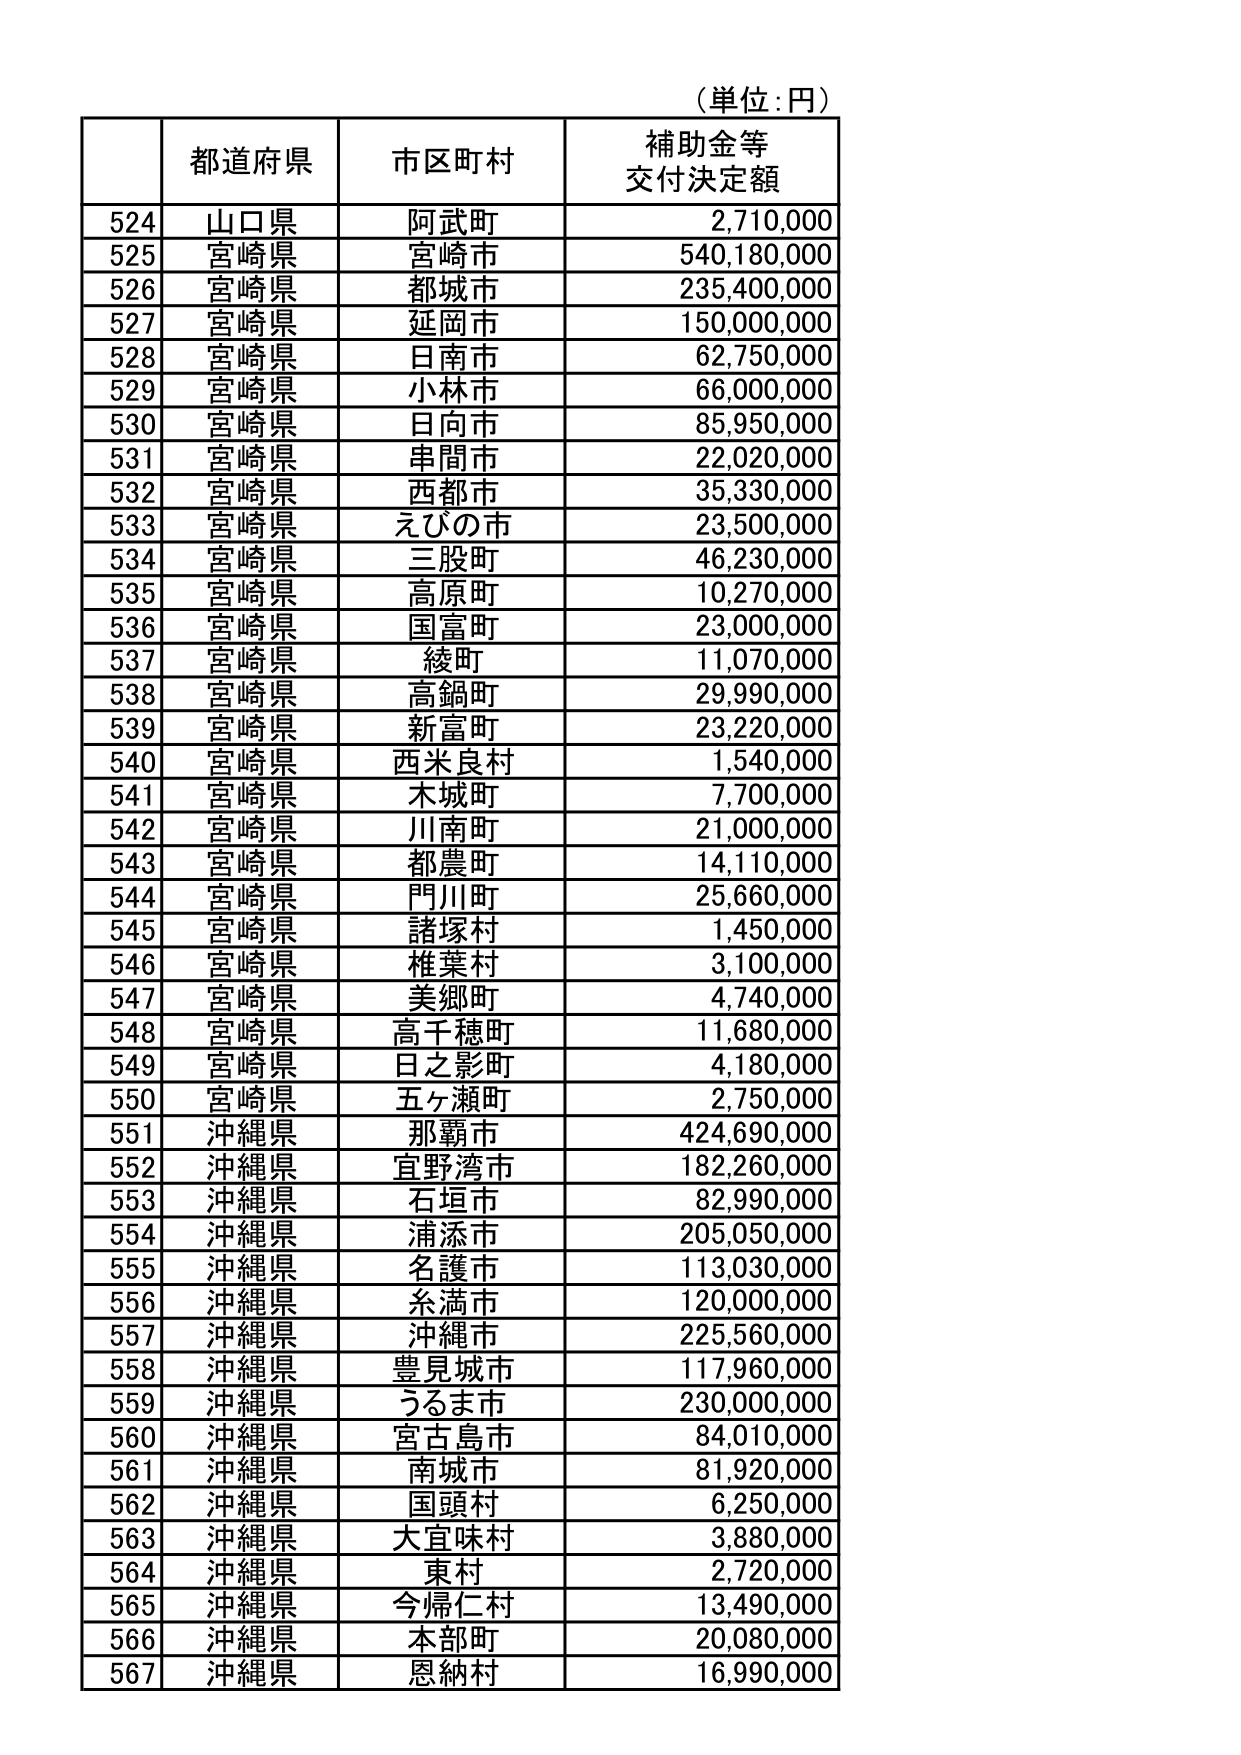
（単位：円）

| | 都道府県 | 市区町村 | 補助金等 交付決定額 |
|---|---|---|---|
| 524 | 山口県 | 阿武町 | 2,710,000 |
| 525 | 宮崎県 | 宮崎市 | 540,180,000 |
| 526 | 宮崎県 | 都城市 | 235,400,000 |
| 527 | 宮崎県 | 延岡市 | 150,000,000 |
| 528 | 宮崎県 | 日南市 | 62,750,000 |
| 529 | 宮崎県 | 小林市 | 66,000,000 |
| 530 | 宮崎県 | 日向市 | 85,950,000 |
| 531 | 宮崎県 | 串間市 | 22,020,000 |
| 532 | 宮崎県 | 西都市 | 35,330,000 |
| 533 | 宮崎県 | えびの市 | 23,500,000 |
| 534 | 宮崎県 | 三股町 | 46,230,000 |
| 535 | 宮崎県 | 高原町 | 10,270,000 |
| 536 | 宮崎県 | 国富町 | 23,000,000 |
| 537 | 宮崎県 | 綾町 | 11,070,000 |
| 538 | 宮崎県 | 高鍋町 | 29,990,000 |
| 539 | 宮崎県 | 新富町 | 23,220,000 |
| 540 | 宮崎県 | 西米良村 | 1,540,000 |
| 541 | 宮崎県 | 木城町 | 7,700,000 |
| 542 | 宮崎県 | 川南町 | 21,000,000 |
| 543 | 宮崎県 | 都農町 | 14,110,000 |
| 544 | 宮崎県 | 門川町 | 25,660,000 |
| 545 | 宮崎県 | 諸塚村 | 1,450,000 |
| 546 | 宮崎県 | 椎葉村 | 3,100,000 |
| 547 | 宮崎県 | 美郷町 | 4,740,000 |
| 548 | 宮崎県 | 高千穂町 | 11,680,000 |
| 549 | 宮崎県 | 日之影町 | 4,180,000 |
| 550 | 宮崎県 | 五ヶ瀬町 | 2,750,000 |
| 551 | 沖縄県 | 那覇市 | 424,690,000 |
| 552 | 沖縄県 | 宜野湾市 | 182,260,000 |
| 553 | 沖縄県 | 石垣市 | 82,990,000 |
| 554 | 沖縄県 | 浦添市 | 205,050,000 |
| 555 | 沖縄県 | 名護市 | 113,030,000 |
| 556 | 沖縄県 | 糸満市 | 120,000,000 |
| 557 | 沖縄県 | 沖縄市 | 225,560,000 |
| 558 | 沖縄県 | 豊見城市 | 117,960,000 |
| 559 | 沖縄県 | うるま市 | 230,000,000 |
| 560 | 沖縄県 | 宮古島市 | 84,010,000 |
| 561 | 沖縄県 | 南城市 | 81,920,000 |
| 562 | 沖縄県 | 国頭村 | 6,250,000 |
| 563 | 沖縄県 | 大宜味村 | 3,880,000 |
| 564 | 沖縄県 | 東村 | 2,720,000 |
| 565 | 沖縄県 | 今帰仁村 | 13,490,000 |
| 566 | 沖縄県 | 本部町 | 20,080,000 |
| 567 | 沖縄県 | 恩納村 | 16,990,000 |